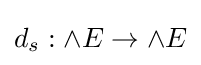
d_{s}:\wedge E\to \wedge E